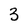
Character: 3